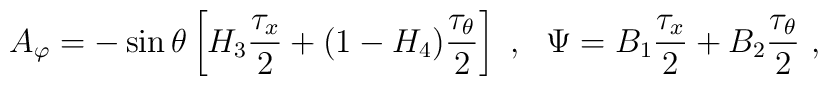
A_\varphi=   -\sin\theta\left[H_3 \frac{\tau_x}{2}             +(1-H_4) \frac{\tau_\theta}{2}\right] \ , \ \ \Psi =B_1 \frac{\tau_x}{2} + B_2 \frac{\tau_\theta}{2}\ ,